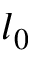
l _ { 0 }